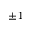
\pm 1